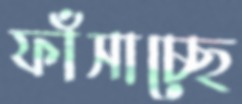
ফাঁসাচ্ছে